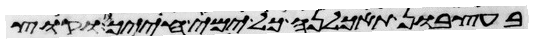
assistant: בעצבון תאכלנה כל ימי חייך וקוץ